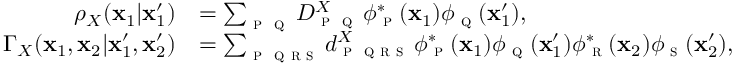
\begin{array} { r l } { \rho _ { X } ( \mathbf { x } _ { 1 } | \mathbf { x } _ { 1 } ^ { \prime } ) } & { = \sum _ { \textsc { p } \textsc { q } } D _ { \textsc { p } \textsc { q } } ^ { X } \, \phi _ { \textsc { p } } ^ { * } ( { \mathbf { \mathbf { x } } } _ { 1 } ) \phi _ { \textsc { q } } ( { \mathbf { \mathbf { x } } } _ { 1 } ^ { \prime } ) , } \\ { \Gamma _ { X } ( \mathbf { x } _ { 1 } , \mathbf { x } _ { 2 } | \mathbf { x } _ { 1 } ^ { \prime } , \mathbf { x } _ { 2 } ^ { \prime } ) } & { = \sum _ { \textsc { p } \textsc { q r s } } d _ { \textsc { p } \textsc { q r s } } ^ { X } \, \phi _ { \textsc { p } } ^ { * } ( \mathbf { x } _ { 1 } ) \phi _ { \textsc { q } } ( \mathbf { x } _ { 1 } ^ { \prime } ) \phi _ { \textsc { r } } ^ { * } ( \mathbf { x } _ { 2 } ) \phi _ { \textsc { s } } ( \mathbf { x } _ { 2 } ^ { \prime } ) , } \end{array}